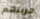
حريتهم